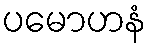
ပမောဟနံ